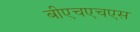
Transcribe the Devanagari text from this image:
बीएचएचएस